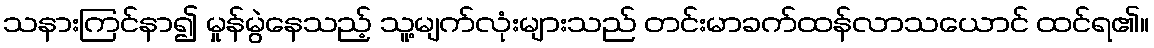
သနားကြင်နာ၍ မှုန်မွဲနေသည့် သူ့မျက်လုံးများသည် တင်းမာခက်ထန်လာသယောင် ထင်ရ၏။